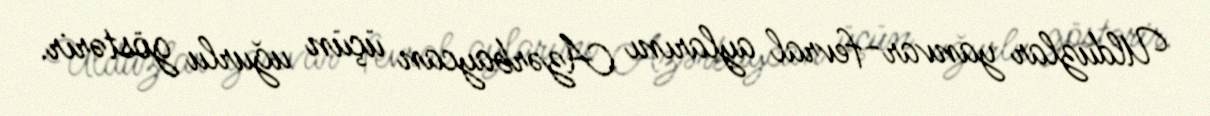
Ulduzlar yanvar-fevral aylarını Azərbaycan üçün uğurlu göstərir.